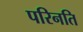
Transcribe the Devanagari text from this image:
परिनति